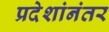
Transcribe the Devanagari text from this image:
प्रदेशांनंतर